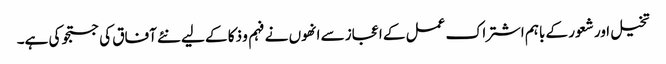
تخیل اور شعور کے باہم اشتراک عمل کے اعجاز سے انھوں نے فہم و ذکا کے لیے نئے آفاق کی جستجو کی ہے۔